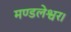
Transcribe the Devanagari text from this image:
मण्डलेश्वर।